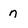
Character: n